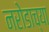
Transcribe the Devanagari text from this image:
नरोडाच्या